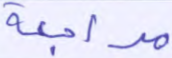
مراجعة